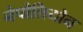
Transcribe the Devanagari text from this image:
नेपोलियोन